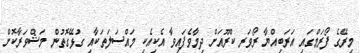
މިރޭގެ ފޯރަމްގައި އަރަބިއްޔާ ރޯވަރ ކްރޫއަށް ދިމާވެފައިވާ އެކިއެކި މައްސަލަތަކާއި ގުޅޭގޮތުން މަޝްވަރާކޮށް